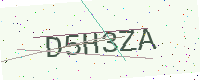
Text: D5H3ZA